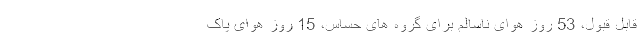
قابل قبول، 53 روز هوای ناسالم برای گروه های حساس، 15 روز هوای پاک